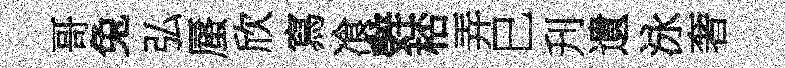
哥兔弘蜃欣寫飡辤桮弄巳刋遺泳奢